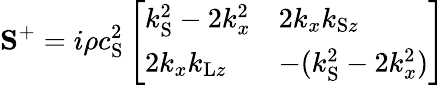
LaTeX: \mathbf{S}^{+}=i\rho c_{\mathrm{S}}^{2}\left[\begin{array}{ll}{k_{\mathrm{S}}^{2}-2k_{x}^{2}}&{2k_{x}k_{\mathrm{S}z}}\\ {2k_{x}k_{\mathrm{L}z}}&{-(k_{\mathrm{S}}^{2}-2k_{x}^{2})}\end{array}\right]